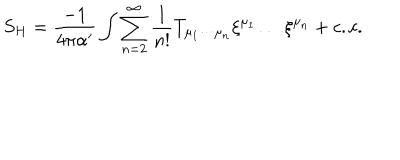
LaTeX: S _ { H } = \frac { - 1 } { 4 \pi \alpha ^ { \prime } } \int \sum _ { n = 2 } ^ { \infty } \frac { 1 } { n ! } T _ { \mu _ { 1 } \cdots \mu _ { n } } \xi ^ { \mu _ { 1 } } \ldots \xi ^ { \mu _ { n } } + c . c .